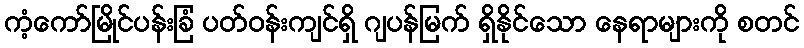
ကံ့ကော်မြိုင်ပန်းခြံ ပတ်ဝန်းကျင်ရှိ ဂျပန်မြက် ရှိနိုင်သော နေရာများကို စတင်